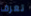
تعرف